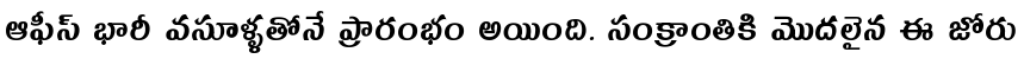
ఆఫీస్ భారీ వసూళ్ళతోనే ప్రారంభం అయింది. సంక్రాంతికి మొదలైన ఈ జోరు